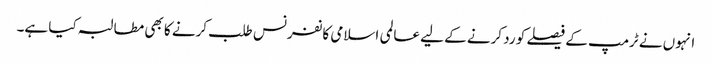
انہوں نے ٹرمپ کے فیصلے کو رد کرنے کے لیے عالمی اسلامی کانفرنس طلب کرنے کا بھی مطالبہ کیا ہے۔